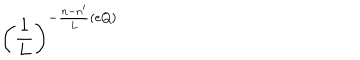
LaTeX: \left( \frac { 1 } { L } \right) ^ { - \frac { n - n ^ { \prime } } { L } ( e Q ) }